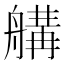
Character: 𦩷